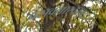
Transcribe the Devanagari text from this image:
बसवन्नास्वभाव